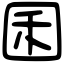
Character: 囷